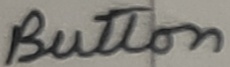
Text: Button